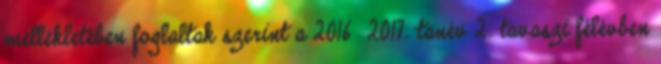
mellékletében foglaltak szerint a 2016 2017. tanév 2. tavaszi félévben